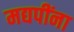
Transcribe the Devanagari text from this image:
मद्यपींना